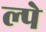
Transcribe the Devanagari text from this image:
ल्पे